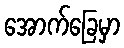
အောက်ခြေမှာ